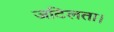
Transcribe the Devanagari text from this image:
जटिलता।